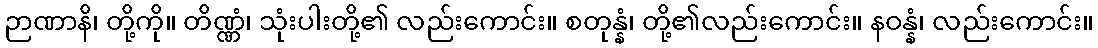
ဉာဏာနိ၊ တို့ကို။ တိဏ္ဏံ၊ သုံးပါးတို့၏ လည်းကောင်း။ စတုန္နံ၊ တို့၏လည်းကောင်း။ နဝန္နံ၊ လည်းကောင်း။